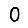
Digit: 0